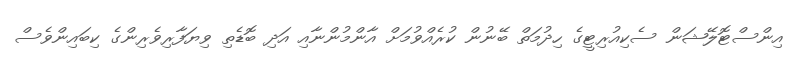
އިންސްޓޮލޭޝަން ސެކިއުރިޓީގެ ހިދުމަތް ބޭނުން ކުރެއްވުމަށް އާންމުންނާއި އަދި ބޮޑެތި ވިޔަފާރިވެރިންގެ ކިބައިންވެސް